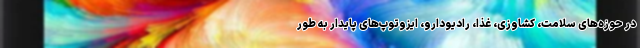
در حوزه‌های سلامت، کشاوزی، غذا، رادیودارو، ایزوتوپ‌های پایدار به طور